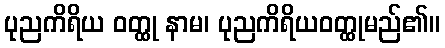
ပုညကိရိယ ဝတ္ထု နာမ၊ ပုညကိရိယဝတ္ထုမည်၏။